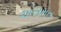
અસમત